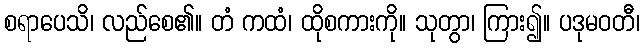
စရာပေသိ၊ လည်စေ၏။ တံ ကထံ၊ ထိုစကားကို။ သုတွာ၊ ကြား၍။ ပဒုမဝတီ၊